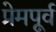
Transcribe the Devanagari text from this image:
प्रेमपूर्व